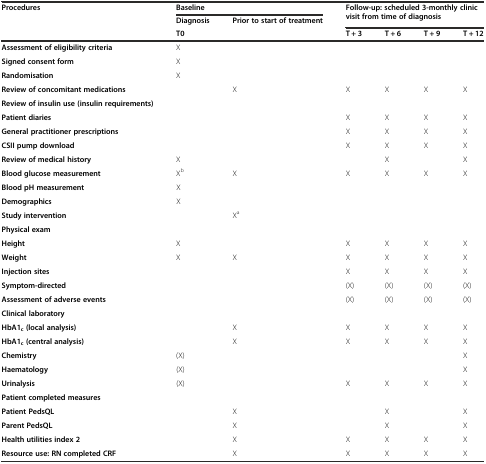
<table><thead><tr><td rowspan="2"><b>Procedures</b></td><td colspan="2"><b>Baseline</b></td><td rowspan="2" colspan="4"><b>Follow-up: scheduled 3-monthly clinic visit from time of diagnosis</b></td></tr><tr><td><b>Diagnosis</b></td><td><b>Prior to start of treatment</b></td></tr><tr><td></td><td colspan="2"><b>T0</b></td><td><b>T + 3</b></td><td><b>T + 6</b></td><td><b>T + 9</b></td><td><b>T + 12</b></td></tr></thead><tbody><tr><td><b>Assessment of eligibility criteria</b></td><td>X</td><td></td><td></td><td></td><td></td><td></td></tr><tr><td><b>Signed consent form</b></td><td>X</td><td></td><td></td><td></td><td></td><td></td></tr><tr><td><b>Randomisation</b></td><td>X</td><td></td><td></td><td></td><td></td><td></td></tr><tr><td><b>Review of concomitant medications</b></td><td></td><td>X</td><td>X</td><td>X</td><td>X</td><td>X</td></tr><tr><td><b>Review of insulin use (insulin requirements)</b></td><td></td><td></td><td></td><td></td><td></td><td></td></tr><tr><td><b>Patient diaries</b></td><td></td><td></td><td>X</td><td>X</td><td>X</td><td>X</td></tr><tr><td><b>General practitioner prescriptions</b></td><td></td><td></td><td>X</td><td>X</td><td>X</td><td>X</td></tr><tr><td><b>CSII pump download</b></td><td></td><td></td><td>X</td><td>X</td><td>X</td><td>X</td></tr><tr><td><b>Review of medical history</b></td><td>X</td><td></td><td></td><td>X</td><td></td><td>X</td></tr><tr><td><b>Blood glucose measurement</b></td><td>X<sup>b</sup></td><td>X</td><td>X</td><td>X</td><td>X</td><td>X</td></tr><tr><td><b>Blood pH measurement</b></td><td>X</td><td></td><td></td><td></td><td></td><td></td></tr><tr><td><b>Demographics</b></td><td>X</td><td></td><td></td><td></td><td></td><td></td></tr><tr><td><b>Study intervention</b></td><td></td><td>X<sup>a</sup></td><td></td><td></td><td></td><td></td></tr><tr><td><b>Physical exam</b></td><td></td><td></td><td></td><td></td><td></td><td></td></tr><tr><td><b>Height</b></td><td>X</td><td></td><td>X</td><td>X</td><td>X</td><td>X</td></tr><tr><td><b>Weight</b></td><td>X</td><td>X</td><td>X</td><td>X</td><td>X</td><td>X</td></tr><tr><td><b>Injection sites</b></td><td></td><td></td><td>X</td><td>X</td><td>X</td><td>X</td></tr><tr><td><b>Symptom-directed</b></td><td></td><td></td><td>(X)</td><td>(X)</td><td>(X)</td><td>(X)</td></tr><tr><td><b>Assessment of adverse events</b></td><td></td><td></td><td>(X)</td><td>(X)</td><td>(X)</td><td>(X)</td></tr><tr><td><b>Clinical laboratory</b></td><td></td><td></td><td></td><td></td><td></td><td></td></tr><tr><td><b>HbA1</b><sub><b>c</b></sub><b>(local analysis)</b></td><td></td><td>X</td><td>X</td><td>X</td><td>X</td><td>X</td></tr><tr><td><b>HbA1</b><sub><b>c</b></sub><b>(central analysis)</b></td><td></td><td>X</td><td>X</td><td>X</td><td>X</td><td>X</td></tr><tr><td><b>Chemistry</b></td><td>(X)</td><td></td><td></td><td></td><td></td><td>X</td></tr><tr><td><b>Haematology</b></td><td>(X)</td><td></td><td></td><td></td><td></td><td>X</td></tr><tr><td><b>Urinalysis</b></td><td>(X)</td><td></td><td>X</td><td>X</td><td>X</td><td>X</td></tr><tr><td><b>Patient completed measures</b></td><td></td><td></td><td></td><td></td><td></td><td></td></tr><tr><td><b>Patient PedsQL</b></td><td></td><td>X</td><td></td><td>X</td><td></td><td>X</td></tr><tr><td><b>Parent PedsQL</b></td><td></td><td>X</td><td></td><td>X</td><td></td><td>X</td></tr><tr><td><b>Health utilities index 2</b></td><td></td><td>X</td><td>X</td><td>X</td><td>X</td><td>X</td></tr><tr><td><b>Resource use: RN completed CRF</b></td><td></td><td>X</td><td>X</td><td>X</td><td>X</td><td>X</td></tr></tbody></table>